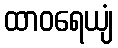
ထာဝရေယျံ